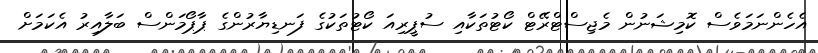
އެހެންނަމަވެސް ކޮމިޝަނުން މެޖިސްޓްރޭޓް ކޯޓުތަކާއި ސުޕީރިއަ ކޯޓުތަކުގެ ފަނޑިޔާރުންގެ ޕާޕޯމަންސް ބަލާއިރު އެކަމަށް